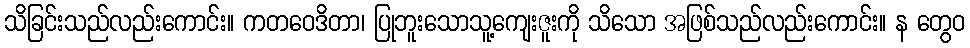
သိခြင်းသည်လည်းကောင်း။ ကတဝေဒိတာ၊ ပြုဘူးသောသူ့ကျေးဇူးကို သိသော အဖြစ်သည်လည်းကောင်း။ န တွေဝ